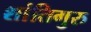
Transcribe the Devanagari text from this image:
शांतिगुरु